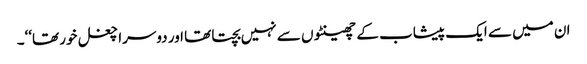
ان میں سے ایک پیشاب کے چھینٹوں سے نہیں بچتا تھا اور دوسرا چغل خور تھا‘‘۔